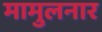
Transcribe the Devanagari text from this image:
मामुलनार